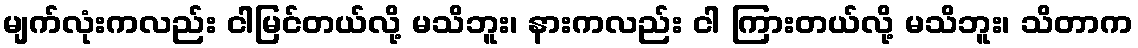
မျက်လုံးကလည်း ငါမြင်တယ်လို့ မသိဘူး၊ နားကလည်း ငါ ကြားတယ်လို့ မသိဘူး၊ သိတာက